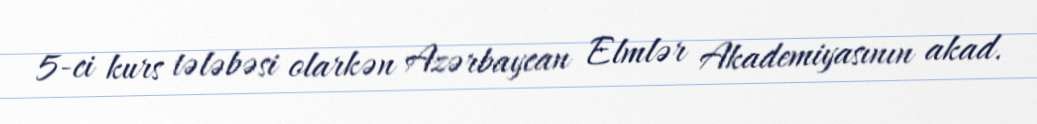
5-ci kurs tələbəsi olarkən Azərbaycan Elmlər Akademiyasının akad.